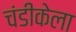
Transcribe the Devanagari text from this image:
चंडीकेला